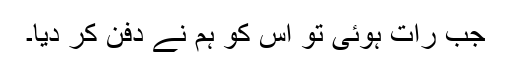
جب رات ہوئی تو اس کو ہم نے دفن کر دیا۔